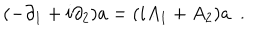
LaTeX: ( - \partial _ { 1 } + i \partial _ { 2 } ) a = ( i A _ { 1 } + A _ { 2 } ) a ~ ~ .